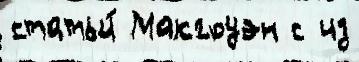
статьи́ Макгоуэн с из